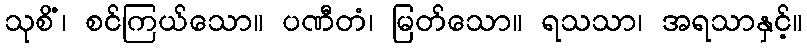
သုစိံ၊ စင်ကြယ်သော။ ပဏီတံ၊ မြတ်သော။ ရသသာ၊ အရသာနှင့်။